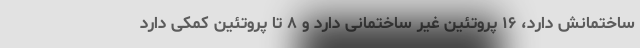
ساختمانش دارد، ۱۶ پروتئین غیر ساختمانی دارد و ۸ تا پروتئین کمکی دارد